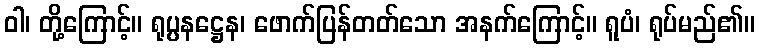
ဝါ၊ တို့ကြောင့်။ ရုပ္ပနဋ္ဌေန၊ ဖောက်ပြန်တတ်သော အနက်ကြောင့်။ ရူပံ၊ ရုပ်မည်၏။